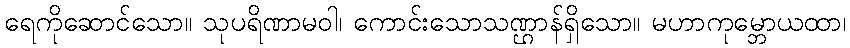
ရေကိုဆောင်သော။ သုပရိဏာမဝါ၊ ကောင်းသောသဏ္ဌာန်ရှိသော။ မဟာကုမ္ဘောယထာ၊